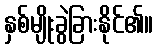
နှစ်မျိုးခွဲခြားနိုင်၏။